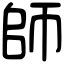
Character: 師